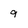
Character: 9